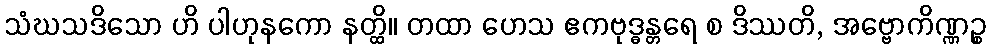
သံဃသဒိသော ဟိ ပါဟုနကော နတ္ထိ။ တထာ ဟေသ ဧကဗုဒ္ဓန္တရေ စ ဒိဿတိ, အဗ္ဗောကိဏ္ဏဉ္စ